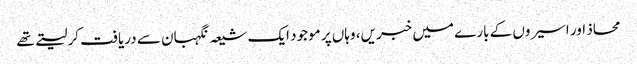
محاذ اور اسیروں کے بارے میں خبریں، وہاں پر موجود ایک شیعہ نگہبان سے دریافت کرلیتے تھے